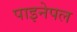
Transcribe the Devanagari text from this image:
पाइनेपल